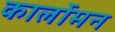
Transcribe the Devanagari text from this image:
कार्लोमन